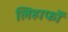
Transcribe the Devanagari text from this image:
लिहाफों